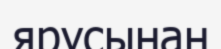
ярусынан